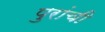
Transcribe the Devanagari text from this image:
पुरांची